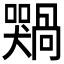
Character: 𫬢